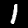
Digit: 1